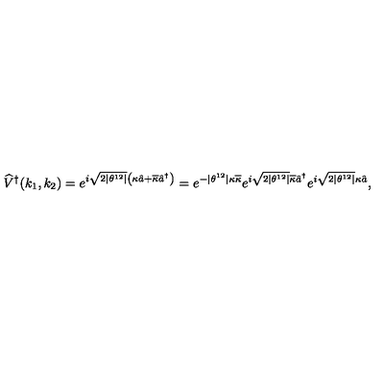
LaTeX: \widehat { V } ^ { \dagger } ( k _ { 1 } , k _ { 2 } ) = e ^ { i \sqrt { 2 | \theta ^ { 1 2 } | } \left( \kappa \hat { a } + \overline { { \kappa } } \hat { a } ^ { \dagger } \right) } = e ^ { - | \theta ^ { 1 2 } | \kappa \overline { { \kappa } } } e ^ { i \sqrt { 2 | \theta ^ { 1 2 } | } \overline { { \kappa } } \hat { a } ^ { \dagger } } e ^ { i \sqrt { 2 | \theta ^ { 1 2 } | } \kappa \hat { a } } ,